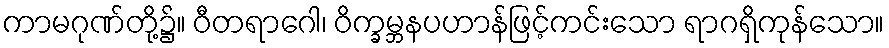
ကာမဂုဏ်တို့၌။ ဝီတရာဂေါ၊ ဝိက္ခမ္ဘနပဟာန်ဖြင့်ကင်းသော ရာဂရှိကုန်သော။